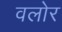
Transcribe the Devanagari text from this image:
वलोर